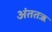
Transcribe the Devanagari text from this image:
अंततऋ